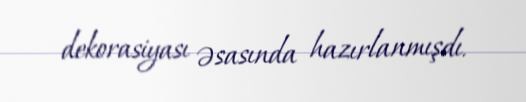
dekorasiyası əsasında hazırlanmışdı.